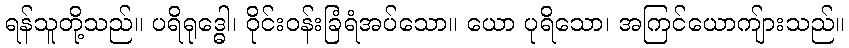
ရန်သူတို့သည်။ ပရိရုဒ္ဓေါ၊ ဝိုင်းဝန်းခြံရံအပ်သော။ ယော ပုရိသော၊ အကြင်ယောကျ်ားသည်။